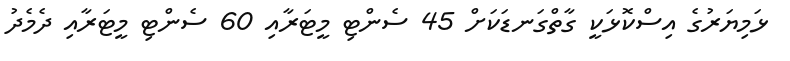
ޅަމިޔަރުގެ އިސްކޮޅަކީ ގާތްގަނޑަކަށް 45 ސެންޓި މީޓަރާއި 60 ސެންޓި މީޓަރާއި ދެމެދު